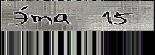
Э́та  15